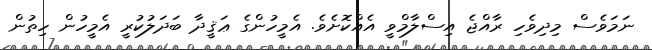
ނަމަވެސް މިދިވެހި ރާއްޖެ އިސްލާމްވީ އެއްކޮށެވެ. އެމީހުންގެ ޢަޤީދާ ބަދަލުކުރީ އެމީހުން ހިތުން